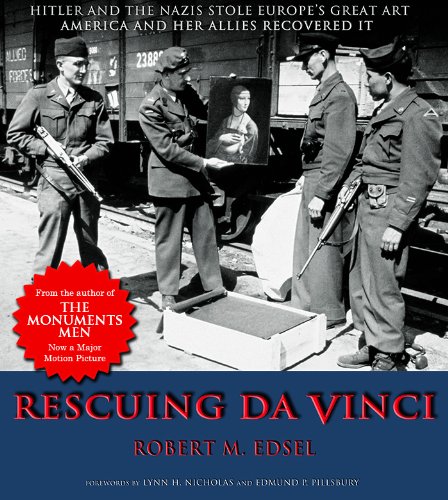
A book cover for Rescuing Da Vinci: Hitler and the Nazis Stole Europe's Great Art - America and Her Allies Recovered It; Robert M. Edsel; Arts & Photography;